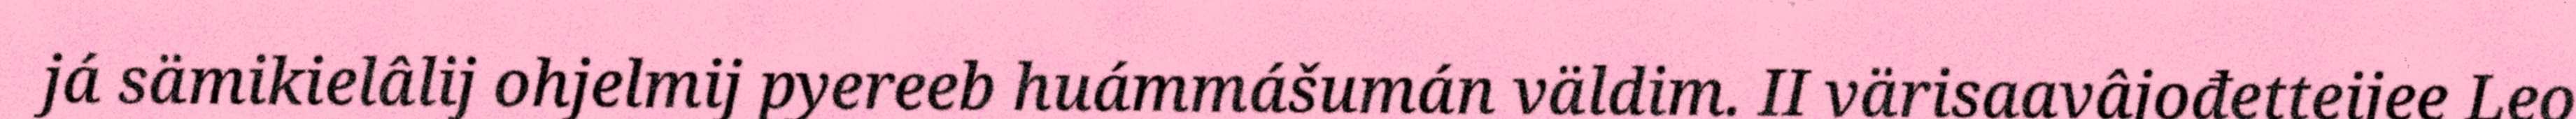
já sämikielâlij ohjelmij pyereeb huámmášumán väldim. II värisaavâjođetteijee Leo